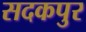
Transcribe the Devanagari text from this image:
सदकपुर